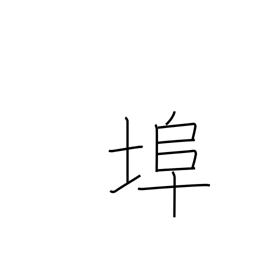
Meaning: wharf